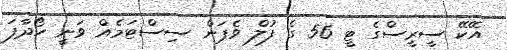
އޭކޭ ސީރީސްގެ ޓީ 56 ގެ ފުލް ވެޕަން ސިސްޓަމެއް ވަނީ ހޯދާފަ